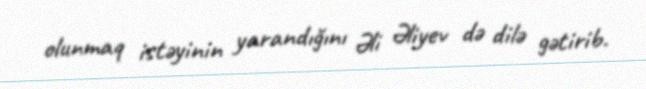
olunmaq istəyinin yarandığını Əli Əliyev də dilə gətirib.